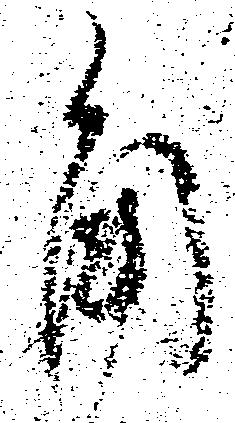
角